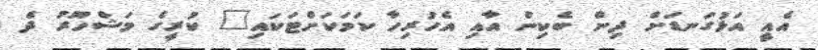
އެއީ އަޅުގަނޑަށް ދިން ބެކިން އާއި އެހުރިހާ ކަމަކަށްޓަކައި" ކުރީގެ މަޝްހޫރު ދެ